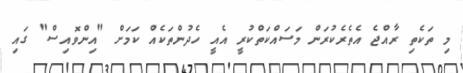
މި ތަކެތި ރާއްޖެ އެތެރެކުރަން މަސައްކަތްކުރީ އެއީ ހެދުންތަކެއް ކަމަށް "އިންވޮއިސް" ގައި